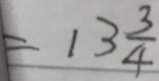
= 1 3 \frac { 3 } { 4 }